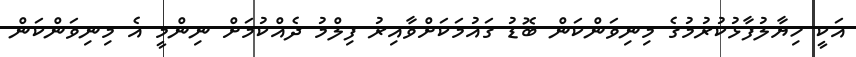
އަކީ ހިޔާލުފާޅުކުރުމުގެ މިނިވަންކަން ބޮޑު ގައުމަކަށްވާއިރު ފިލްމު ދެއްކުމަށް ނިންމީ އެ މިނިވަންކަން